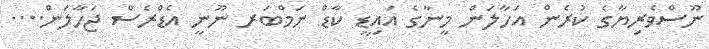
ނޫސްވެރިޔާގެ ކުރެން އަހާލަން މީނާގެ އައިޑީ ކާޑް ނަމްބަރ ނޫނީ އެޑްރެސް ޖަހާލަން....